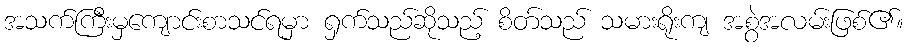
အသက်ကြီးမှကျောင်းစာသင်ရမှာ ရှက်သည်ဆိုသည့် စိတ်သည် သမားရိုးကျ အစွဲအလမ်းဖြစ်၏။